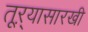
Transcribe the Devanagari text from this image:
तूऱ्यासारखी